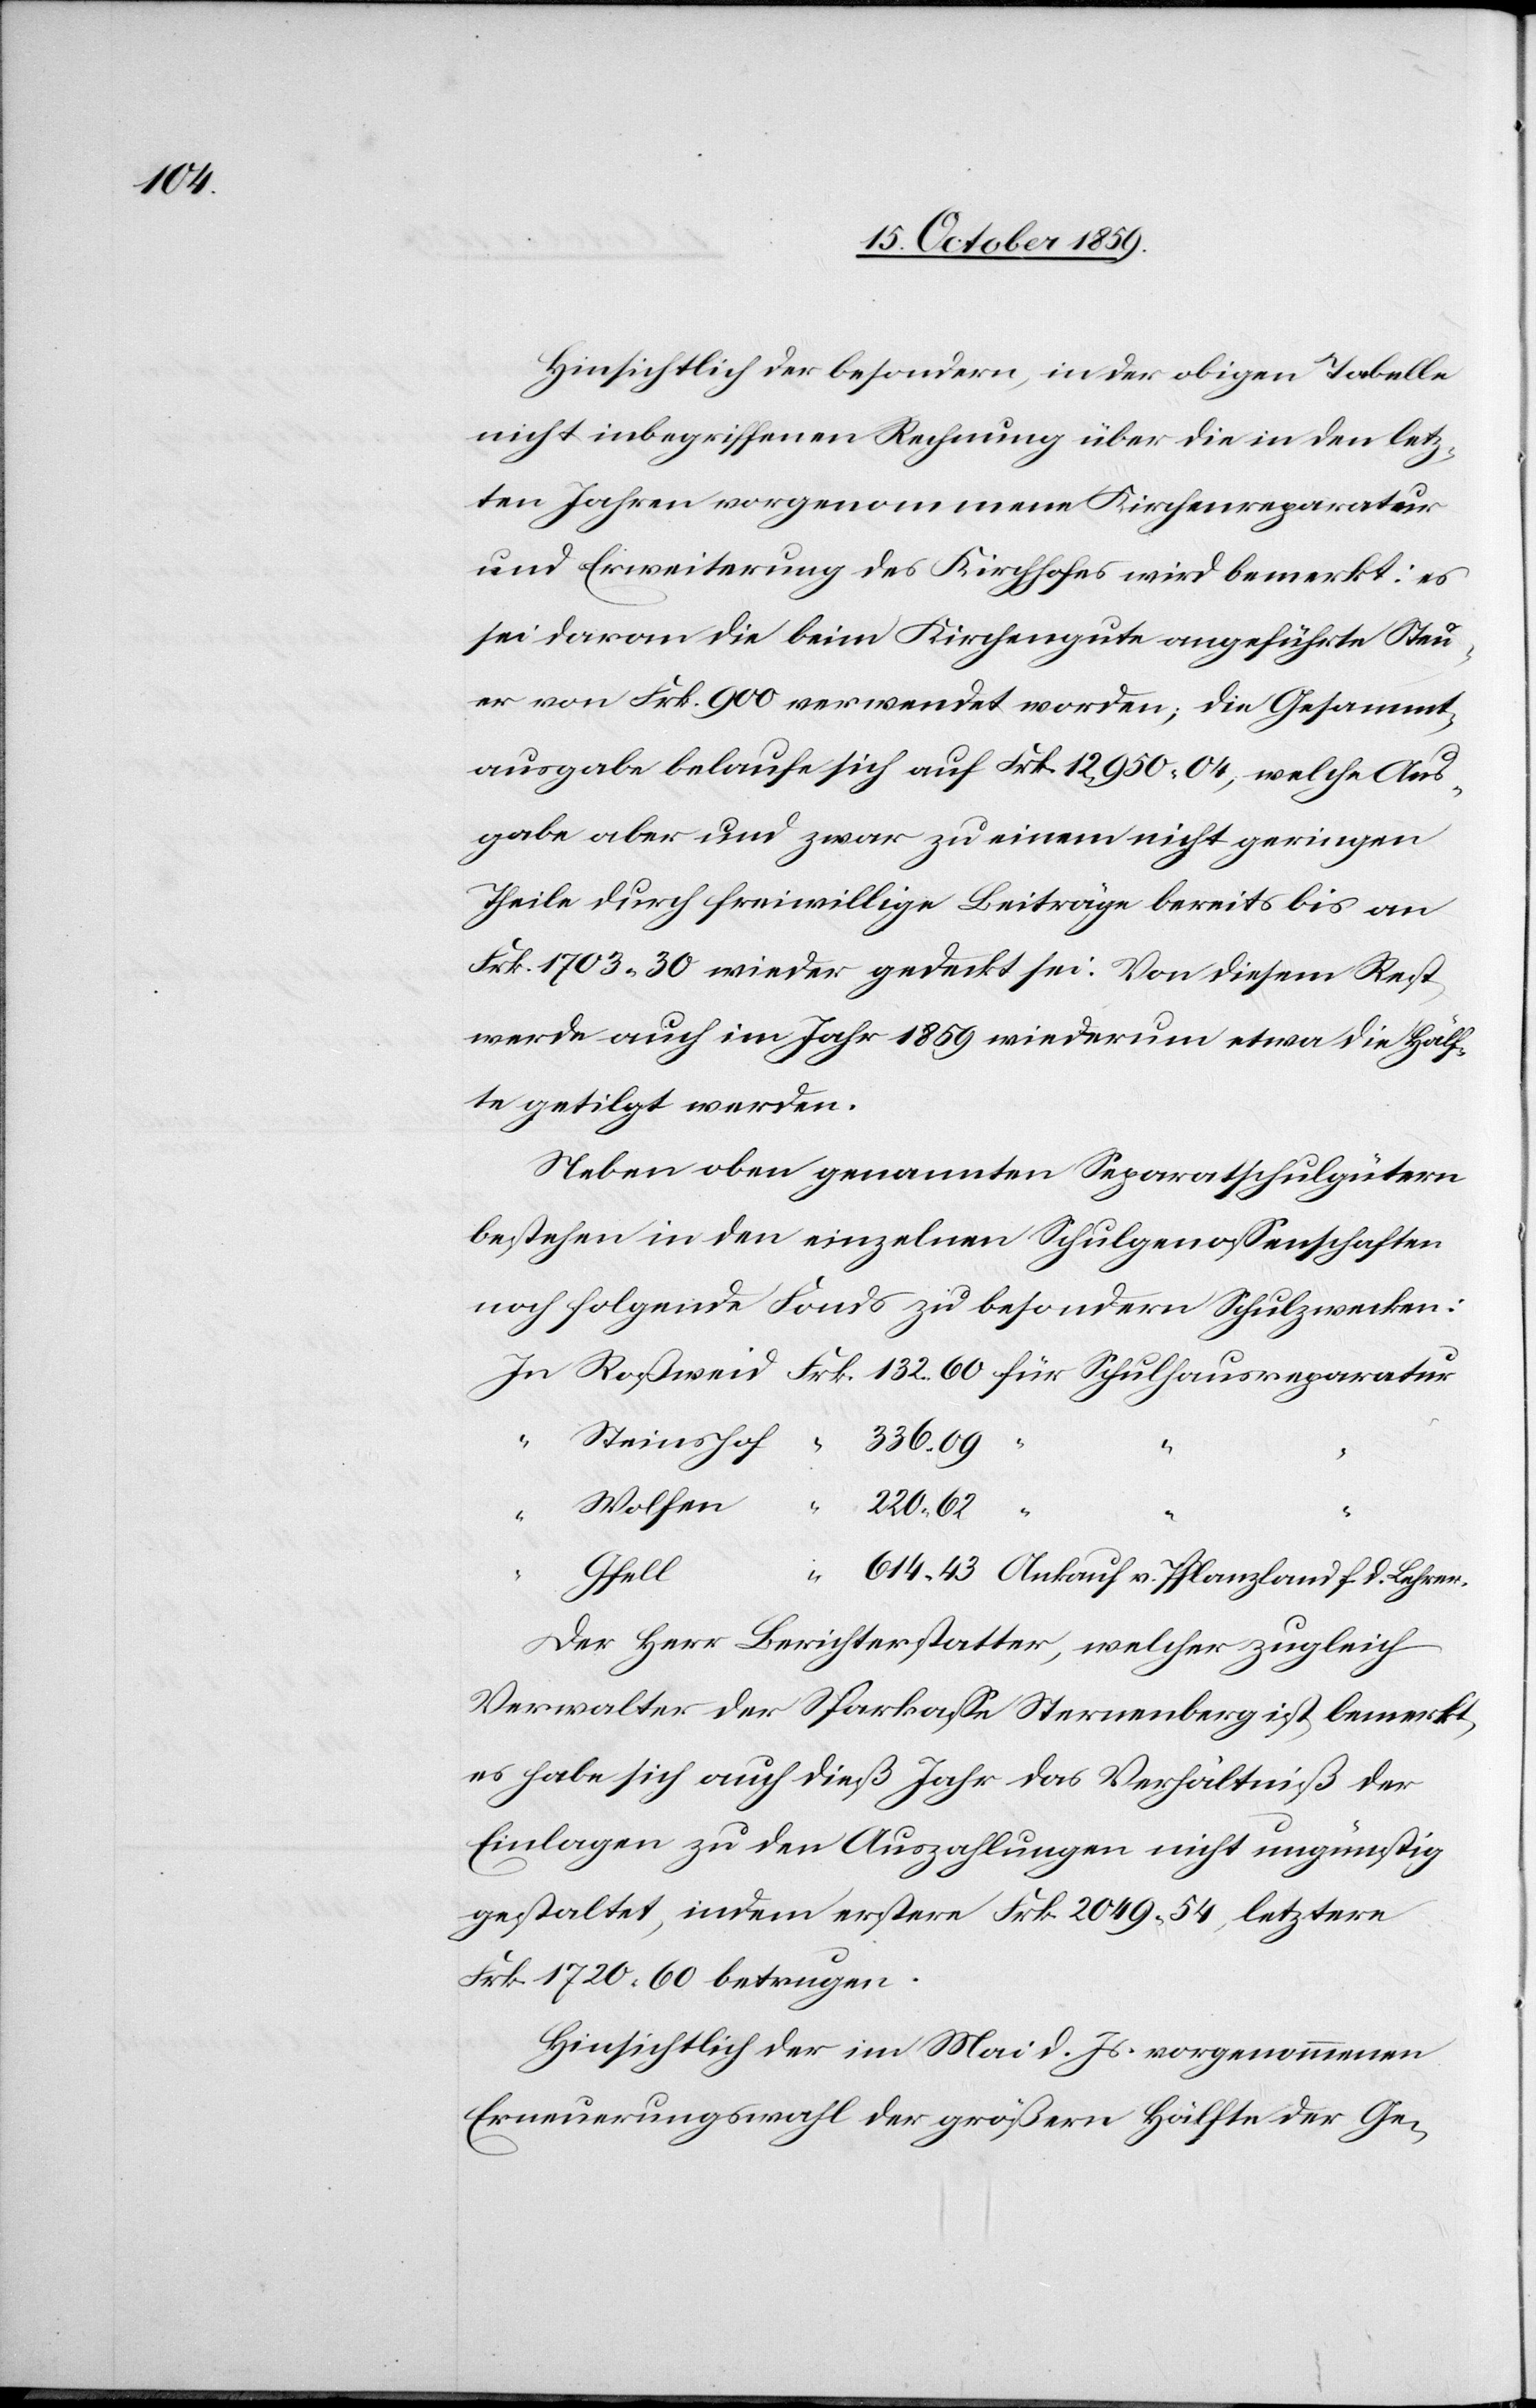
Hinsichtlich der besondern, in der obigen Tabelle
nicht inbegriffenen Rechnung über die in den letz¬
ten Jahren vorgenommene Kirchenreparatur
und Erweiterung des Kirchhofes wird bemerkt: es
sei davon die beim Kirchengute angeführte Steu¬
er von Frk. 900 verwendet worden; die Gesammt¬
ausgabe belaufe sich auf Frk. 12,950.04, welche Aus¬
gabe aber und zwar zu einem nicht geringen
Theile durch freiwillige Beiträge bereits bis an
Frk. 1703.30 wieder gedeckt sei. Von diesem Rest
werde auch im Jahr 1859 wiederum etwa die Hälf¬
te getilgt werden.
Neben oben genannten Separatschulgütern
bestehen in den einzelnen Schulgenossenschaften
noch folgende Fonds zu besondern Schulzwecken:
In
Frk.
Gfell
Ankauf v. Pflanzland f. d. Lehrer
Der Herr Berichterstatter, welcher zugleich
Verwalter der Sparkasse Sternenberg ist, bemerkt,
es habe sich auch dieß Jahr das Verhältniß der
Einlagen zu den Auszahlungen nicht ungünstig
gestaltet, indem erstere Frk. 2049.54, letztere
Frk. 1720.60 betrugen.
Hinsichtlich der im Mai d. Js. vorgenommenen
Erneuerungswahl der größern Hälfte der Ge-